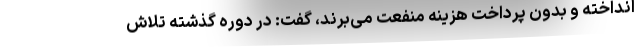
انداخته‌ و بدون پرداخت هزینه‌ منفعت می‌برند، گفت: در دوره گذشته تلاش